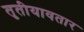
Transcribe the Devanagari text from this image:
तृतीयावतार